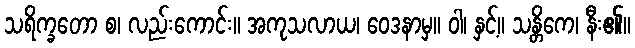
သရိက္ခတော စ၊ လည်းကောင်း။ အကုသလာယ၊ ဝေဒနာမှ။ ဝါ၊ နှင့်။ သန္တိကေ၊ နီး၏။